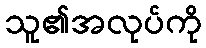
သူ၏အလုပ်ကို